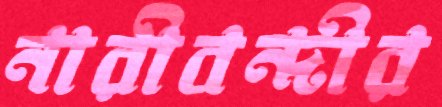
নারীবন্দীর